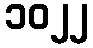
၁၀၂၂